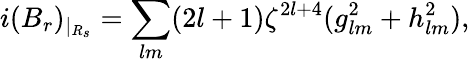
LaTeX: i(B_{r})_{|_{R_{s}}}=\sum_{lm}(2l+1)\zeta^{2l+4}(g_{lm}^{2}+h_{lm}^{2}),